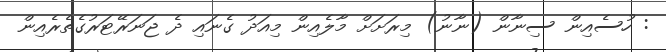
: ހުސެއިން ސިނާން (ނާނު) މިރަށަށް މާލެއިން މިއަދު ގެނައި ދެ ޖަނަރޭޓަރުގެތެރެއިން